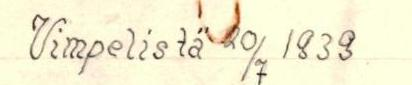
Vimpelistä 20/7 1939